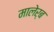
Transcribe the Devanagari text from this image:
मालेर्ब